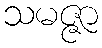
သမဇ္ဇာ